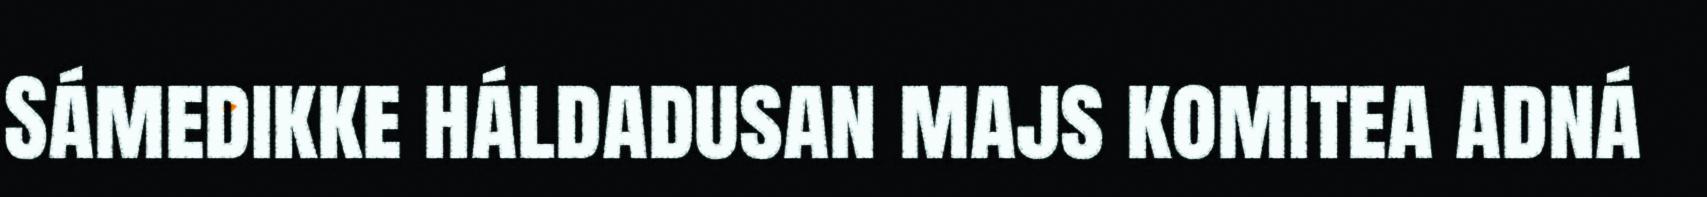
Sámedikke háldadusan majs komitea adná